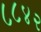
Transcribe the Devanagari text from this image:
८८४२